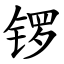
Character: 锣